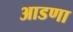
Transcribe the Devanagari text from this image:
आडणा